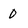
Character: 0